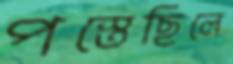
পস্তেছিলে